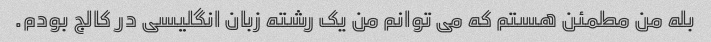
بله من مطمئن هستم که می توانم من یک رشته زبان انگلیسی در کالج بودم.